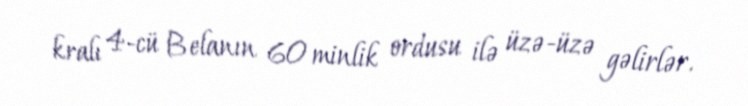
kralı 4-cü Belanın 60 minlik ordusu ilə üzə-üzə gəlirlər.